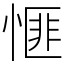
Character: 㥱